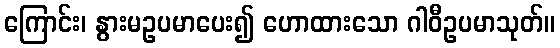
ကြောင်း၊ နွားမဥပမာပေး၍ ဟောထားသော ဂါဝီဥပမာသုတ်။